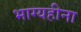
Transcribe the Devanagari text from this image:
भाग्यहीना